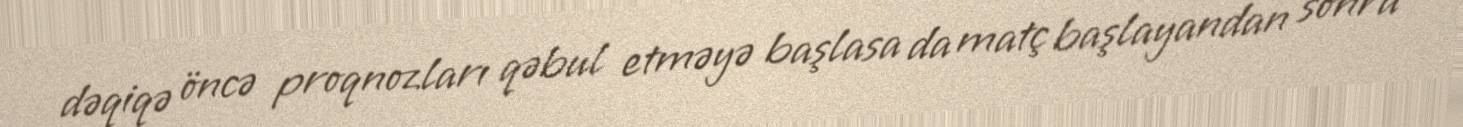
dəqiqə öncə proqnozları qəbul etməyə başlasa da matç başlayandan sonra